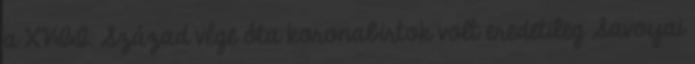
a XVII. Század vége óta koronabirtok volt eredetileg Savoyai